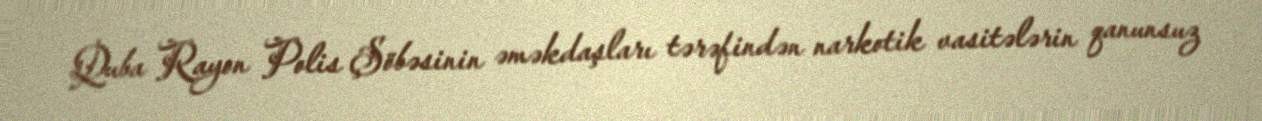
Quba Rayon Polis Şöbəsinin əməkdaşları tərəfindən narkotik vasitələrin qanunsuz